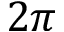
2 \pi